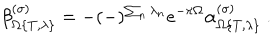
LaTeX: \beta _ { \Omega \{ T , \lambda \} } ^ { ( \sigma ) } = - ( - ) ^ { \sum _ { n } \lambda _ { n } } e ^ { - \pi \Omega } \alpha _ { \Omega \{ T , \lambda \} } ^ { ( \sigma ) } \ .